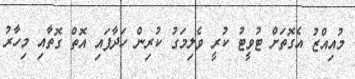
މުއިއްޒު އެގޮތަށް ޓުވީޓު ކުރީ ވެލިމަގު ކުރިން ހަދާފައި އޮތް ގޮތާއި މިހާރު